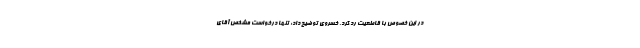
در این خصوص با قاطعیت رد کرد. خسروی توضیح داد: تنها درخواست مشخص آقای